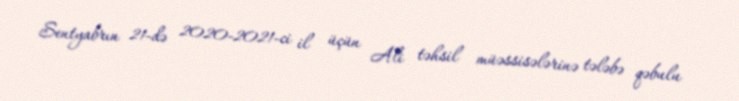
Sentyabrın 21-də 2020-2021-ci il üçün Ali təhsil müəssisələrinə tələbə qəbulu